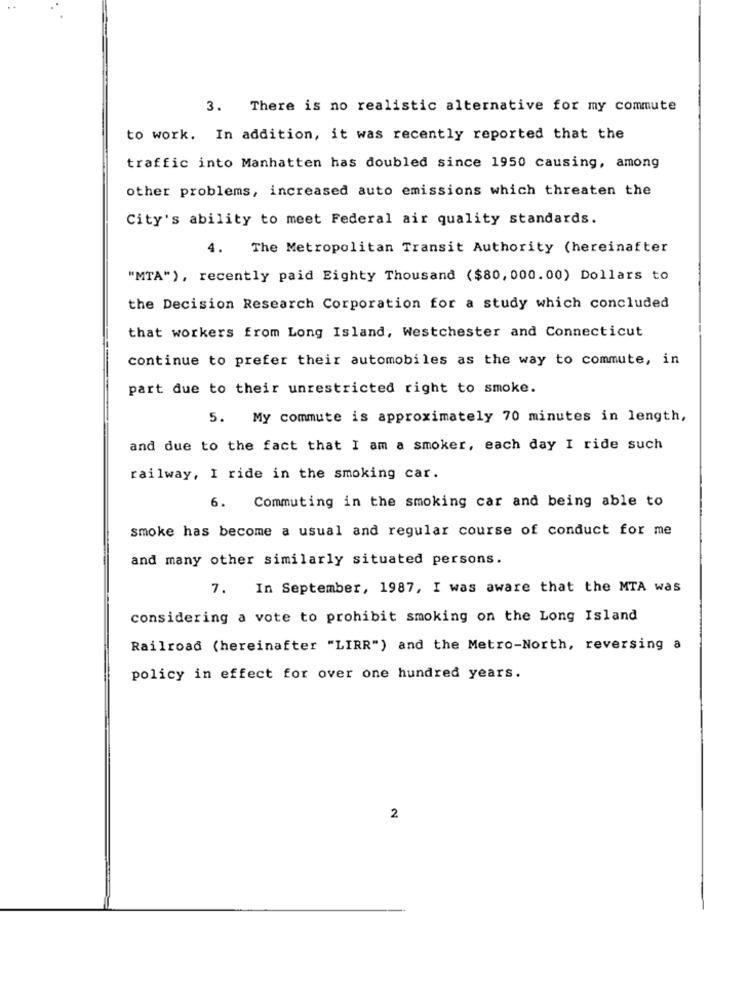
3. There is no realistic alternative for my commute
to work. In addition, it was recently reported that the
traffic into Manhatten has doubled since 1950 causing, among
other problems, increased auto emissions which threaten the
City's ability to meet Federal air quality standards.
4.
The Metropolitan Transit Authority (hereinafter
"MTA"), recently paid Eighty Thousand ($80, 000.00) Dollars to
the Decision Research Corporation for a study which concluded
that workers from Long Island, Westchester and Connecticut
continue to prefer their automobiles as the way to commute, in
part due to their unrestricted right to smoke.
5. My commute is approximately 70 minutes in length,
and due to the fact that I am a smoker, each day I ride such
railway, I ride in the smoking car.
6. Commuting in the smoking car and being able to
smoke has become a usual and regular course of conduct for me
and many other similarly situated persons.
7. In September, 1987, I was aware that the MTA was
considering a vote to prohibit smoking on the Long Island
Railroad (hereinafter "LIRR") and the Metro-North, reversing a
policy in effect for over one hundred years.
2